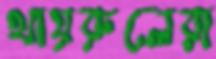
খায়রুলেরা